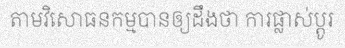
តាមវិសោធនកម្មបានឲ្យដឹងថា ការផ្លាស់ប្តូរ